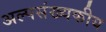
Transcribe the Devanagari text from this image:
अल्पसंख्यकीय